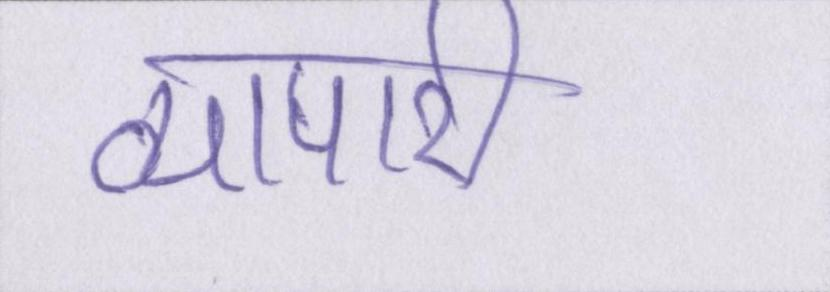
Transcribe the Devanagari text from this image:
व्यापारी